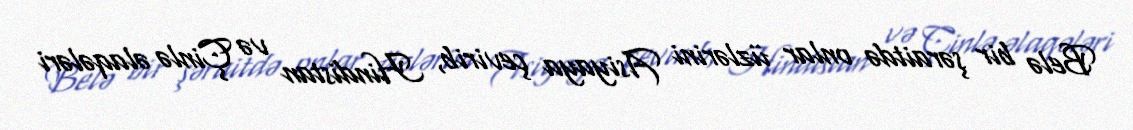
Belə bir şəraitdə onlar üzlərini Asiyaya çevirib, Hindistan və Çinlə əlaqələri